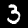
Digit: 3